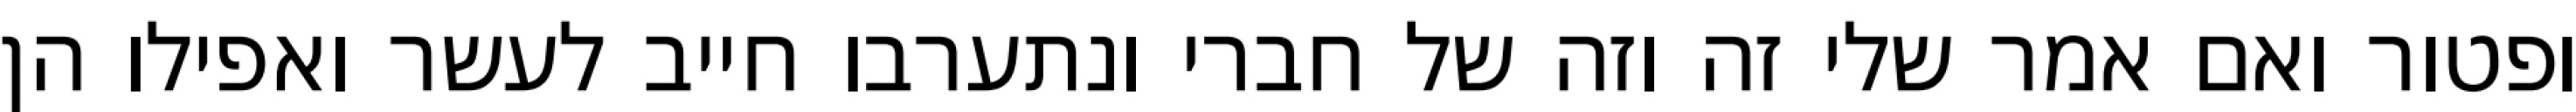
ופטור ואם אמר שלי זה וזה של חברי ונתערבו חייב לעשר ואפילו הן